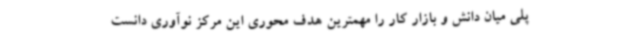
پلی میان دانش و بازار کار را مهمترین هدف محوری این مرکز نوآوری دانست